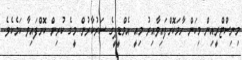
މިނިސްޓްރީއިން މިކަން ހާމަކޮށްފައިވާއިރު މިއީ އެމްޑީޕީގެ ސަރުކާރުން މީގެ ކުރިން ކޮށްފައިވާ ކަމެކެވެ.